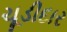
ચૂડીદાર